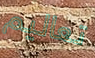
تعاليم